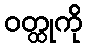
ဝတ္ထုကို